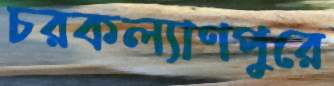
চরকল্যাণপুরে